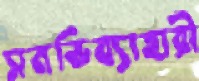
সমভিব্যাহারী